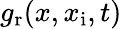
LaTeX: g_{\mathrm{r}}(x,x_{\mathrm{i}},t)